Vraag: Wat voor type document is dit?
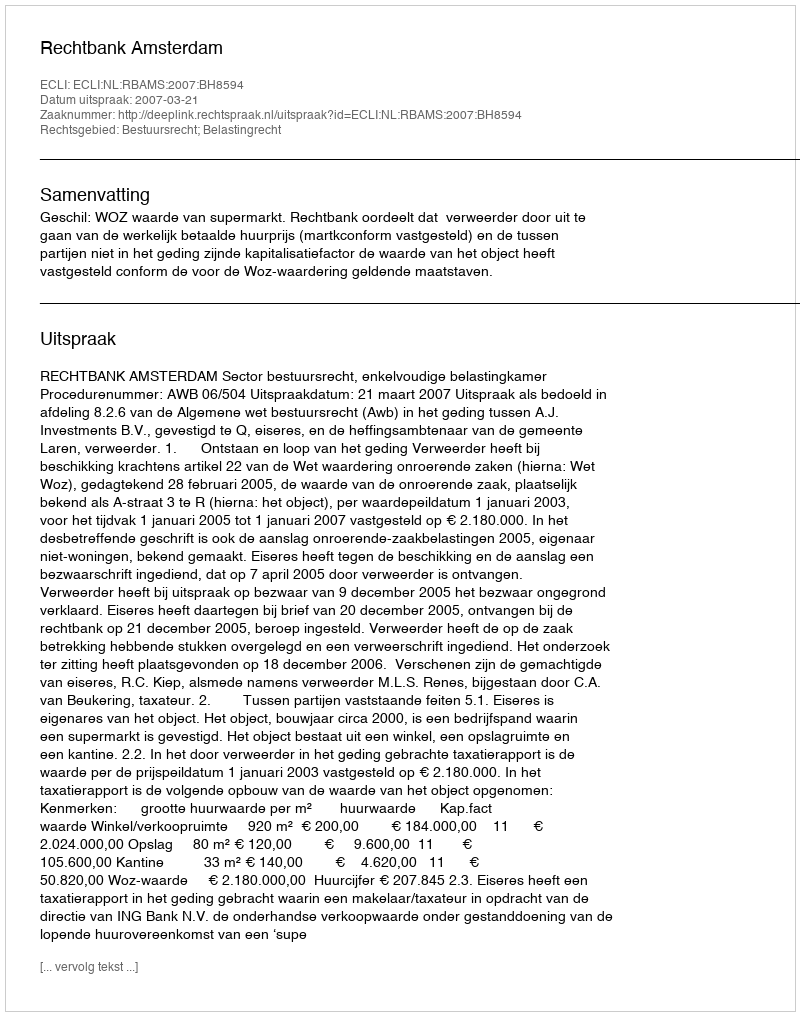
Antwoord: Uitspraak